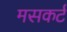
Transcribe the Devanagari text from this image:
मसकर्ट